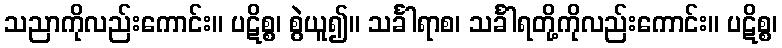
သညာကိုလည်းကောင်း။ ပဋိစ္စ၊ စွဲယူ၍။ သင်္ခါရာစ၊ သင်္ခါရတို့ကိုလည်းကောင်း။ ပဋိစ္စ၊